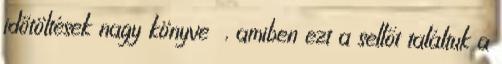
időtöltések nagy könyve , amiben ezt a sellőt találtuk a